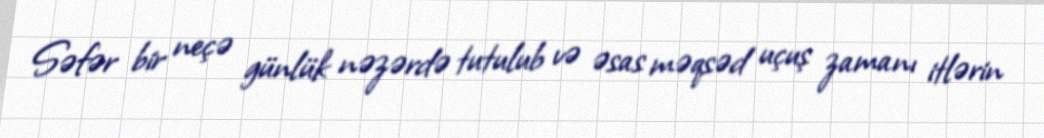
Səfər bir neçə günlük nəzərdə tutulub və əsas məqsəd uçuş zamanı itlərin